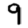
Digit: 9